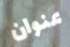
عنوان